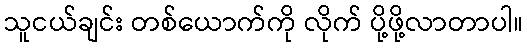
သူငယ်ချင်း တစ်ယောက်ကို လိုက် ပို့ဖို့လာတာပါ။